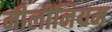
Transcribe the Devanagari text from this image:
मीलींनियम